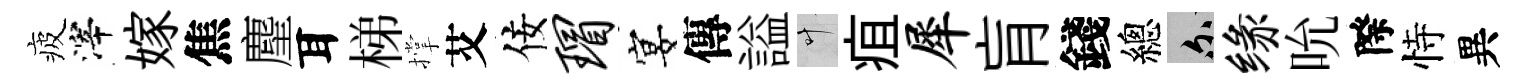
疲滓嫁焦麈耳梯撑艾佞瑁宴傳謚叶疽犀肓錢總爾缘吮際恃異